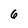
Character: 6